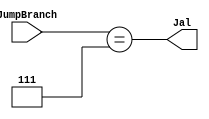
`timescale 1ns / 1ps
//////////////////////////////////////////////////////////////////////////////////
// Company: 
// Engineer: 
// 
// Design Name: 
// Module Name: IS_Jal
// Project Name: 
// Target Devices: 
// Tool Versions: 
// Description: 
// 
// Dependencies: 
// 
// Revision:
// Revision 0.01 - File Created
// Additional Comments:
// 
//////////////////////////////////////////////////////////////////////////////////


module IS_Jal(
    input [2:0] JumpBranch,
    output Jal
    );
    
    parameter BEQ = 3'd1, BNE = 3'd2, JR = 3'd3, J = 3'd4, JAL = 3'd7, OTHERS = 3'd0;
    
    assign Jal = (JumpBranch == JAL);
endmodule